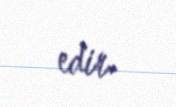
edir.